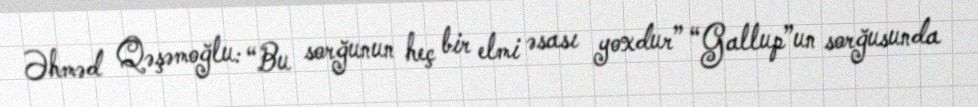
Əhməd Qəşəmoğlu: “Bu sorğunun heç bir elmi əsası yoxdur” “Gallup”un sorğusunda